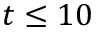
t \leq 1 0